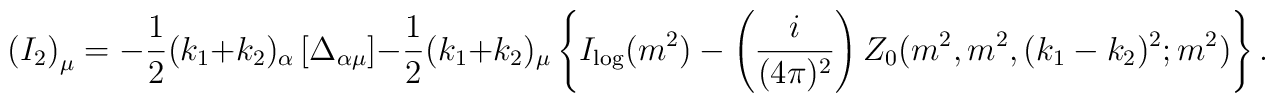
\left( I_{2}\right) _{\mu }=-\frac{1}{2}(k_{1}+k_{2})_{\alpha }\left[ \Delta_{\alpha \mu }\right] -\frac{1}{2}(k_{1}+k_{2})_{\mu }\left\{ I_{\log}(m^{2})-\left( \frac{i}{(4\pi )^{2}}\right)Z_{0}(m^{2},m^{2},(k_{1}-k_{2})^{2};m^{2})\right\} .